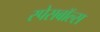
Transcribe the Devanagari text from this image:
स्पेसबॉल्स